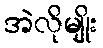
အဲလိုမျိုး